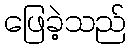
ဖြေခဲ့သည်